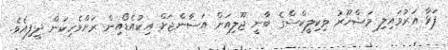
ފަޅާ އަރުވައިލި މަޝްހޫރު ވިކިލީކްސްގެ ބާނީ ޖޫލިއަން އަސާންޖަށް އިކުއެޑޯއިން ރަށްވެހިކަން ދީފިއެވެ.